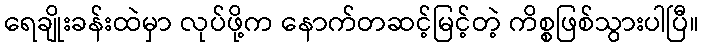
ရေချိုးခန်းထဲမှာ လုပ်ဖို့က နောက်တဆင့်မြင့်တဲ့ ကိစ္စဖြစ်သွားပါပြီ။